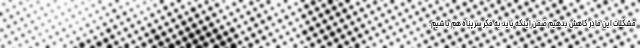
مشکلات این مادر کاهش بدهيم ضمن اینکه باید به فکر سرپناه هم باشیم.